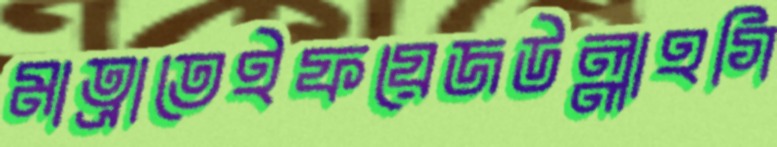
মাত্রাতেইফয়েজউল্লাহগি